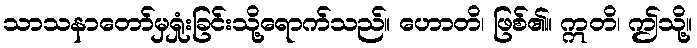
သာသနာတော်မှရှုံးခြင်းသို့ရောက်သည်။ ဟောတိ၊ ဖြစ်၏။ ဣတိ၊ ဤသို့။